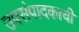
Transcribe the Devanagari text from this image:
उपसंपादकाची